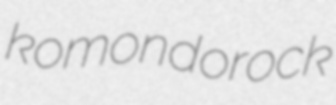
komondorock